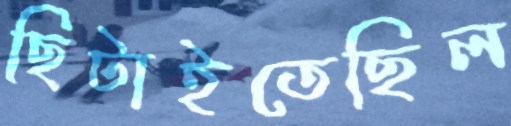
ছিটাইতেছিল